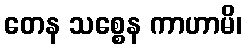
တေန သစ္စေန ကာဟာမိ၊